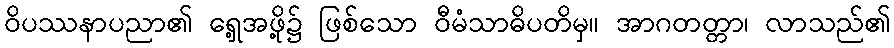
ဝိပဿနာပညာ၏ ရှေ့အဖို့၌ ဖြစ်သော ဝီမံသာဓိပတိမှ။ အာဂတတ္တာ၊ လာသည်၏